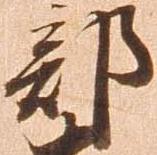
部